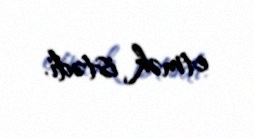
etmək istədi.